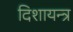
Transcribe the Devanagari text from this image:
दिशायन्त्र